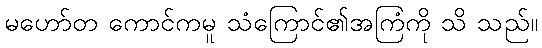
မဟော်တ ကောင်ကမူ သံကြောင်၏အကြံကို သိ သည်။